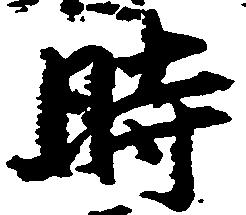
時